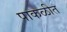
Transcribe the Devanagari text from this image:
पाकळीत